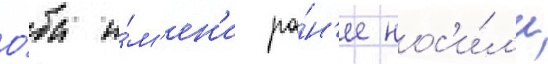
О́ба и́м'ен'и ра́н'ее нос'и́л'и